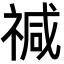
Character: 𮂅